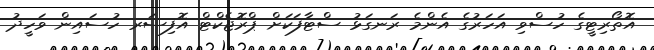
އޮތޯރިޓީގެ ހުސްވި އަހަރުގެ އެންމެ ރަނގަޅު ސްޓާފަކަށް ޕްރޮޖެކްޓް އޮފިސަރ ހުސައިން ވަހީދު